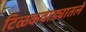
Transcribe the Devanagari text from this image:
टिळकवाड्यातले